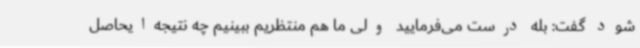
شود گفت: بله درست می‌فرمایید ولی ما هم منتظریم ببینیم چه نتیجه‌ایحاصل